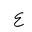
Letter: _ayn